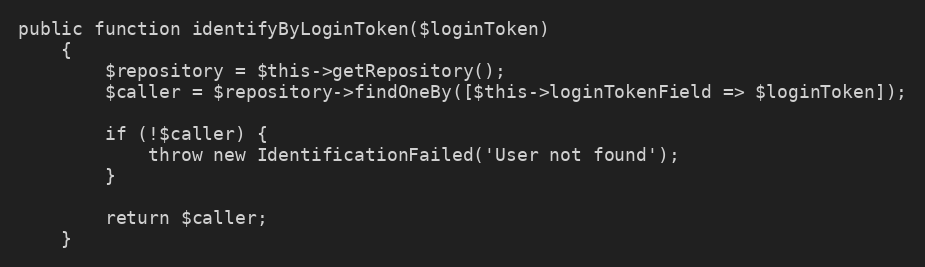
Language: PHP
public function identifyByLoginToken($loginToken)
    {
        $repository = $this->getRepository();
        $caller = $repository->findOneBy([$this->loginTokenField => $loginToken]);

        if (!$caller) {
            throw new IdentificationFailed('User not found');
        }

        return $caller;
    }